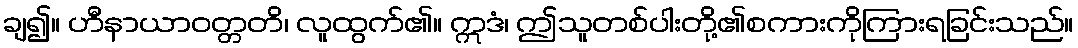
ချ၍။ ဟီနာယာဝတ္တတိ၊ လူထွက်၏။ ဣဒံ၊ ဤသူတစ်ပါးတို့၏စကားကိုကြားရခြင်းသည်။